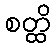
စတ္ထိ